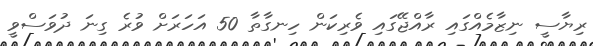
ރިޔާސީ ނިޒާމެއްގައި ރާއްޖޭގައި ވެރިކަން ހިނގާތާ 50 އަހަރަށް ވުރެ ގިނަ ދުވަސްވީ